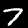
Digit: 7